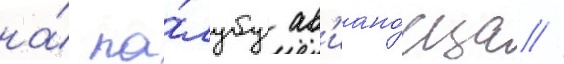
на́ па́лубу ав'иано́сца //